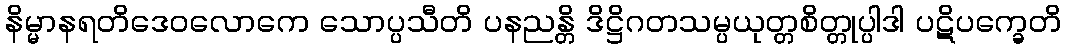
နိမ္မာနရတိဒေဝလောကေ သောပ္ပသီတိ ပနညန္တိ ဒိဋ္ဌိဂတသမ္ပယုတ္တစိတ္တုပ္ပါဒါ ပဋိပက္ခေတိ